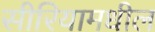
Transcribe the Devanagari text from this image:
सीरियामधील